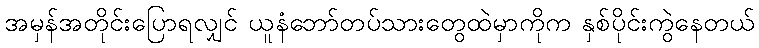
အမှန်အတိုင်းပြောရလျှင် ယူနံဘော်တပ်သားတွေထဲမှာကိုက နှစ်ပိုင်းကွဲနေတယ်